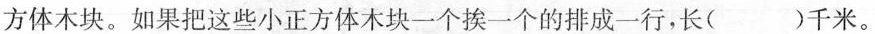
方体木块。如果把这些小正方体木块一个挨一个的排成一行，长( )千米。